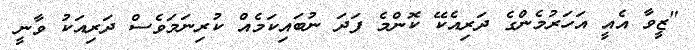
"ޒީވާ އެއީ އަހަރުމެންގެ ދަރިއެކޭ ކޮންމެ ފަދަ ނުބައިކަމެއް ކުރިނަމަވެސް ދަރިއަކު ވާނީ